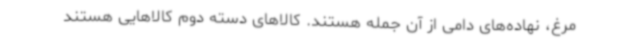
مرغ، نهاده‌های دامی از آن جمله هستند. کالاهای دسته دوم کالاهایی هستند